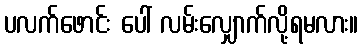
ပလက်ဖောင်း ပေါ် လမ်းလျှောက်လို့ရမလား။